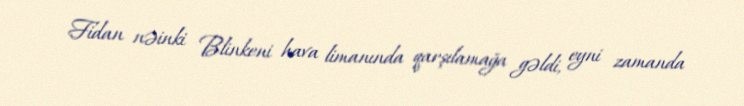
Fidan nəinki Blinkeni hava limanında qarşılamağa gəldi, eyni zamanda